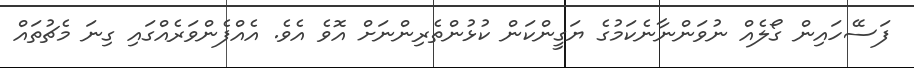
ފަސޭހައިން ގޯލެއް ނުވަންނާނެކަމުގެ ޔަގީންކަން ކުޅުންތެރިންނަށް އޮވެ އެވެ. އެއްފެންވަރެއްގައި ގިނަ މެޗުތައް